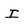
Character: I